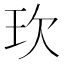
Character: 㺵